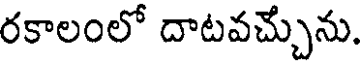
రకాలంలో దాటవచ్చును.